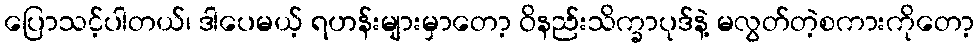
ပြောသင့်ပါတယ်၊ ဒါပေမယ့် ရဟန်းများမှာတော့ ဝိနည်းသိက္ခာပုဒ်နဲ့ မလွတ်တဲ့စကားကိုတော့